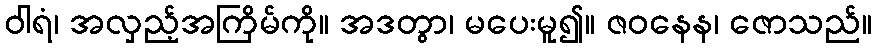
ဝါရံ၊ အလှည့်အကြိမ်ကို။ အဒတွာ၊ မပေးမူ၍။ ဇဝနေန၊ ဇောသည်။